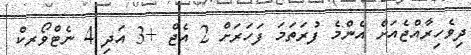
ދިވެހިރާއްޖެއަށް އެންމެ ފުރަތަމަ ފަހަރަށް 2 އެޖް +3 އަދި 4 ނެޓްވޯރކް